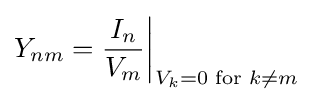
Y_{nm}={I_{n} \over V_{m}}{\bigg |}_{V_{k}=0{\text{ for }}k\neq m}